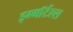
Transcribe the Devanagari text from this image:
इम्माॅर्टल्स